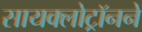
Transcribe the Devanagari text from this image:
सायक्लोट्रॉनने